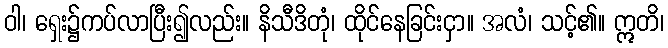
ဝါ၊ ရှေး၌ကပ်လာပြီး၍လည်း။ နိသီဒိတုံ၊ ထိုင်နေခြင်းငှာ။ အလံ၊ သင့်၏။ ဣတိ၊